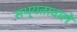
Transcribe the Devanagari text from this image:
सभ्यतावाले